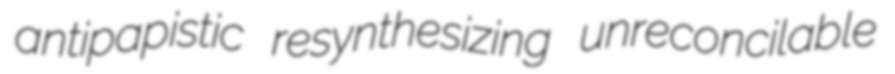
antipapistic resynthesizing unreconcilable